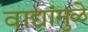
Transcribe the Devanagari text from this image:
वाद्यांमुळे